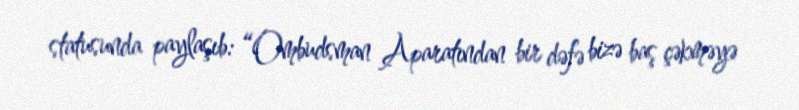
statusunda paylaşıb: “Ombudsman Aparatından bir dəfə bizə baş çəkməyə